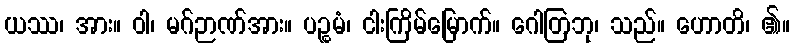
ယဿ၊ အား။ ဝါ၊ မဂ်ဉာဏ်အား။ ပဉ္စမံ၊ ငါးကြိမ်မြောက်။ ဂေါတြဘု၊ သည်။ ဟောတိ၊ ၏။